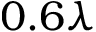
0 . 6 \lambda